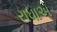
રાધાએ